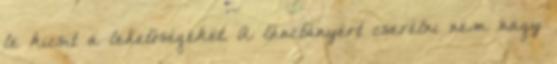
le kicsit a lehetőségeket. A lánctányért cserélni nem nagy